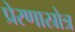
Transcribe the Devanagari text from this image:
प्रेरणास्रोत्र